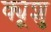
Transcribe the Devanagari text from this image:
क्यूशु